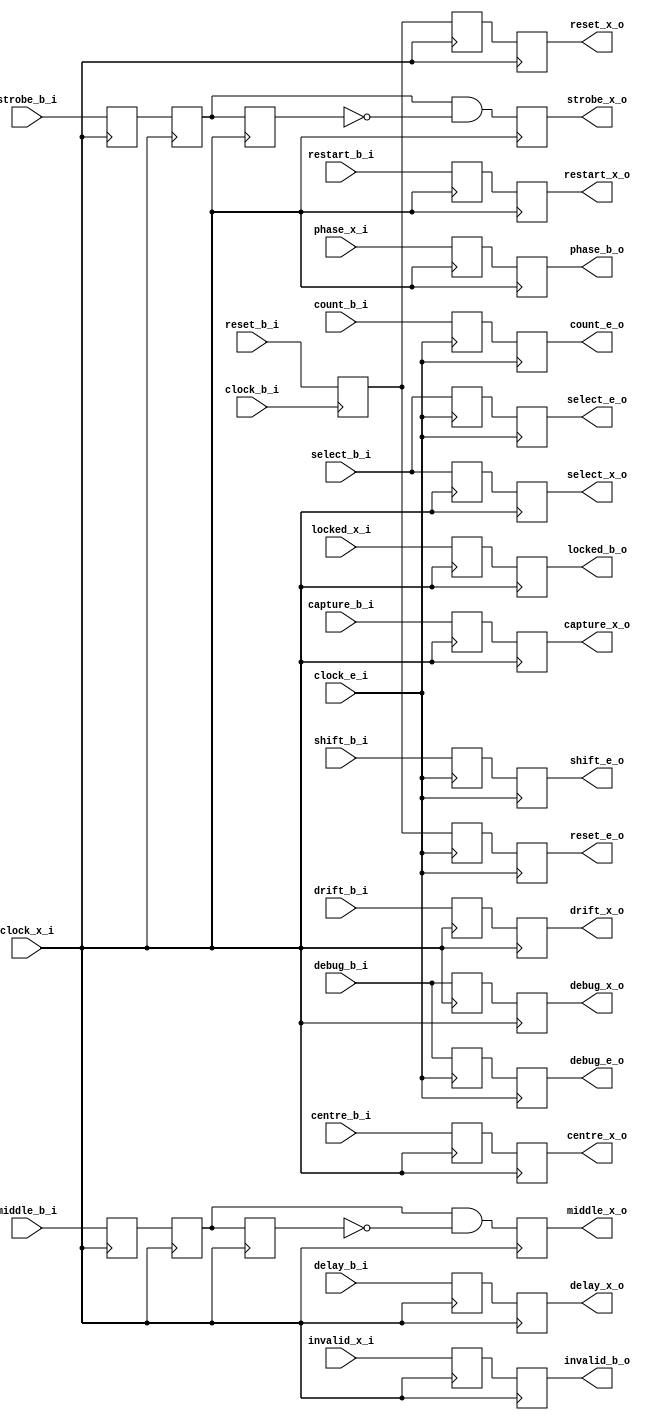
`timescale 1ns/100ps
/*
 * Module      : verilog/capture/capture_control.v
 * Copyright   : (C) Tim Molteno     2016
 *             : (C) Max Scheel      2016
 *             : (C) Patrick Suggate 2016
 * License     : LGPL3
 * 
 * Maintainer  : Patrick Suggate <patrick.suggate@gmail.com>
 * Stability   : Experimental
 * Portability : only tested with a Papilio board (Xilinx Spartan VI)
 * 
 * 
 * This file is part of TART.
 * 
 * TART is free software: you can redistribute it and/or modify it under the
 * terms of the GNU Lesser Public License as published by the Free Software
 * Foundation, either version 3 of the License, or (at your option) any later
 * version.
 * 
 * TART is distributed in the hope that it will be useful, but WITHOUT ANY
 * WARRANTY; without even the implied warranty of MERCHANTABILITY or FITNESS
 * FOR A PARTICULAR PURPOSE.  See the GNU Lesser Public License for more
 * details.
 * 
 * You should have received a copy of the GNU Lesser Public License along with
 * TART.  If not, see <http://www.gnu.org/licenses/>.
 * 
 * 
 * Description:
 * Generates the domain-appropriate versions of the reset and control signals,
 * for the capture logic-core.
 * 
 * NOTE:
 *  + the `e` suffix is used to tag signals from the external (signal) clock-
 *    domain, and the `x` suffix for the (12x by default) sampling- and
 *    correlator- domain clock;
 *  + even though the sample-clock's frequency is an integer multiple of the
 *    external clock, the phase relationship is unknown (due to the quirky
 *    Spartan 6 DCM's), thus asynchronous domain-crossing techniques must be
 *    used;
 *  + the `ALIGN` parameter selects whether to oversample the antenna
 *    signals, and perform clock-recovery, if enabled (1) -- or instead to
 *    cross the clock-domain (to the correlator domain) using an asynchronous
 *    FIFO (0);
 * 
 * TODO:
 *  + setup a bunch of FROM/TO constraints for CDC;
 *  + place each synchroniser within the same BEL?
 * 
 */

module capture_control
  #(//  Capture bit-width settings:
    parameter PBITS = 4,        // bit-width of the phase register
    parameter PSB   = PBITS-1,  // MSB of the phase register
    parameter SBITS = 5,        // antenna-select bit-width
    parameter SSB   = SBITS-1,  // MSB of antenna-select

    //  Simulation-only parameters:
    parameter DELAY = 3)
   (
    input          clock_b_i, // bus clock
    input          reset_b_i, // bus-domain reset

    input          clock_x_i, // sample/correlator clock
    output         reset_x_o, // reset (sample domain)

    input          clock_e_i, // external clock
    output         reset_e_o, // reset (external domain)

    //  Raw-data capture-unit control-signals:
    input          capture_b_i, // capture-enable
    output         capture_x_o, // sample-domain CE
    input [PSB:0]  delay_b_i, // phase-shift to delay input signals
    output [PSB:0] delay_x_o,

    //  Raw-data capture-unit control-signals:
    input          centre_b_i, // enable the centring unit?
    output         centre_x_o,
    input          strobe_b_i, // strobes for each valid sample
    output         strobe_x_o,
    input          middle_b_i, // middle-strobes for each valid sample
    output         middle_x_o,

    input          drift_b_i, // incrementally change the phase?
    output         drift_x_o,
    input [SSB:0]  select_b_i, // select antenna for phase measurement
    output [SSB:0] select_x_o,
    output [SSB:0] select_e_o,
    output         locked_b_o, // alignment-unit has lock?
    input          locked_x_i,
    output [PSB:0] phase_b_o, // measured phase
    input [PSB:0]  phase_x_i,
    output         invalid_b_o, // alignment-unit has lost lock?
    input          invalid_x_i,
    input          restart_b_i, // restart the alignment-unit?
    output         restart_x_o,

    //  CDC for fake/debug data control-signals:
    input          debug_b_i, // enable fake-data
    output         debug_e_o,
    output         debug_x_o, // sample-domain MUX select
    input          shift_b_i, // use shift-register to generate fake-data
    output         shift_e_o,
    input          count_b_i, // use up-counter to generate fake-data
    output         count_e_o
    );



   //-------------------------------------------------------------------------
   //
   //  SYNCHRONISERS.
   //
   //-------------------------------------------------------------------------
   //  Reset CDC synchronisers.
   (* NOMERGE = "TRUE" *)
   reg             reset_s, reset_e; // bus -> signal domain synchronisers
   (* NOMERGE = "TRUE" *)
   reg             reset_t, reset_x; // bus -> sample domain synchronisers

   //-------------------------------------------------------------------------
   //  Raw-data capture-unit CDC synchronisers.
   (* NOMERGE = "TRUE" *)
   reg             capture_t, capture_x;
   (* NOMERGE = "TRUE" *)
   reg [PSB:0]     delay_t, delay_x;

   //-------------------------------------------------------------------------
   //  Data-sampling & alignment CDC synchronisers.
   (* NOMERGE = "TRUE" *)
   reg             centre_t, centre_x;
   (* NOMERGE = "TRUE" *)
   reg             strobe_t, strobe_x;
   (* NOMERGE = "TRUE" *)
   reg             middle_t, middle_x;
   (* NOMERGE = "TRUE" *)
   reg             drift_t, drift_x;
   (* NOMERGE = "TRUE" *)
   reg [SSB:0]     select_t, select_x;
   (* NOMERGE = "TRUE" *)
   reg             locked_b, locked_q;
   (* NOMERGE = "TRUE" *)
   reg [PSB:0]     phase_b, phase_q;
   (* NOMERGE = "TRUE" *)
   reg             invalid_b, invalid_q;
   (* NOMERGE = "TRUE" *)
   reg             restart_t, restart_x;

   //-------------------------------------------------------------------------
   //  Fake-/debug- data control-signal synchronisers.
   (* NOMERGE = "TRUE" *)
   reg             debug_s, debug_e;
   (* NOMERGE = "TRUE" *)
   reg             debug_t, debug_x;
   (* NOMERGE = "TRUE" *)
   reg             shift_s, shift_e;
   (* NOMERGE = "TRUE" *)
   reg             count_s, count_e;
   (* NOMERGE = "TRUE" *)
   reg [SSB:0]     select_s, select_e;


   //-------------------------------------------------------------------------
   //  Assign synchronised signals to outputs.
   //-------------------------------------------------------------------------
   //  Reset assignments.
   assign reset_e_o   = reset_e;
   assign reset_x_o   = reset_x;

   //-------------------------------------------------------------------------
   //  Raw-data capture-unit assignments.
   assign capture_x_o = capture_x;
   assign delay_x_o   = delay_x;

   //-------------------------------------------------------------------------
   //  Data-sampling & alignment assignments.
   assign centre_x_o  = centre_x;
   assign strobe_x_o  = strobe_x;
   assign middle_x_o  = middle_x;
   assign drift_x_o   = drift_x;
   assign select_x_o  = select_x;
   assign locked_b_o  = locked_b;
   assign phase_b_o   = phase_b;
   assign invalid_b_o = invalid_b;
   assign restart_x_o = restart_x;

   assign select_e_o  = select_e;

   //-------------------------------------------------------------------------
   //  Fake-/debug- data control-signal assignments.
   assign debug_x_o   = debug_x;

   assign debug_e_o   = debug_e;
   assign shift_e_o   = shift_e;
   assign count_e_o   = count_e;


   //-------------------------------------------------------------------------
   //  Re-register some input signals, so that they're "close," for the FROM/
   //  TO contraints.
   //-------------------------------------------------------------------------
   (* NOMERGE = "TRUE" *)
   reg     reset_b;

   always @(posedge clock_b_i)
     reset_b <= #DELAY reset_b_i;


   //-------------------------------------------------------------------------
   //  Sample/correlator-domain synchronisers.
   //-------------------------------------------------------------------------
   always @(posedge clock_x_i)
     begin
        {  reset_x,   reset_t} <= #DELAY {  reset_t,   reset_b};

        // capture-unit synchronisers:
        {capture_x, capture_t} <= #DELAY {capture_t, capture_b_i};
        {  delay_x,   delay_t} <= #DELAY {  delay_t,   delay_b_i};

        // centring-unit synchronisers:
        { centre_x,  centre_t} <= #DELAY { centre_t,  centre_b_i};
        {  drift_x,   drift_t} <= #DELAY {  drift_t,   drift_b_i};
        { select_x,  select_t} <= #DELAY { select_t,  select_b_i};
        {restart_x, restart_t} <= #DELAY {restart_t, restart_b_i};

        // debug-/fake- data unit synchronisers:
        {  debug_x,   debug_t} <= #DELAY {  debug_t,   debug_b_i};
     end

   //-------------------------------------------------------------------------
   //  Synchronised strobes have to be treated slightly differently, as they
   //  are only to be asserted for one cycle (per transfer).
   //  TODO: This has one extra cycle of latency. Not need as domains are
   //    synchronous?
   reg strobe_r = 1'b0, strobe_q = 1'b0;
   reg middle_r = 1'b0, middle_q = 1'b0;

   always @(posedge clock_x_i)
     begin
        {strobe_r, strobe_t} <= #DELAY {strobe_t, strobe_b_i};
        {middle_r, middle_t} <= #DELAY {middle_t, middle_b_i};

        // implement one-shots:
        strobe_x <= #DELAY strobe_r && !strobe_q;
        strobe_q <= #DELAY strobe_r;
        middle_x <= #DELAY middle_r && !middle_q;
        middle_q <= #DELAY middle_r;
     end

   //-------------------------------------------------------------------------
   //  Bus-domain synchronisers.
   //-------------------------------------------------------------------------
   always @(posedge clock_x_i)
     begin
        // centring-unit synchronisers:
        { locked_b,  locked_q} <= #DELAY { locked_q,  locked_x_i};
        {  phase_b,   phase_q} <= #DELAY {  phase_q,   phase_x_i};
        {invalid_b, invalid_q} <= #DELAY {invalid_q, invalid_x_i};
     end


   //-------------------------------------------------------------------------
   //  Signal/external-domain synchronisers.
   //-------------------------------------------------------------------------
   always @(posedge clock_e_i)
     begin
        {reset_e, reset_s} <= #DELAY {reset_s, reset_b};

        // debug-/fake- data unit synchronisers:
        {debug_e, debug_s} <= #DELAY {debug_s, debug_b_i};
        {shift_e, shift_s} <= #DELAY {shift_s, shift_b_i};
        {count_e, count_s} <= #DELAY {count_s, count_b_i};

        // source/signal MUX select:
        {select_e, select_s} <= #DELAY {select_s, select_b_i};
     end


endmodule // capture_control